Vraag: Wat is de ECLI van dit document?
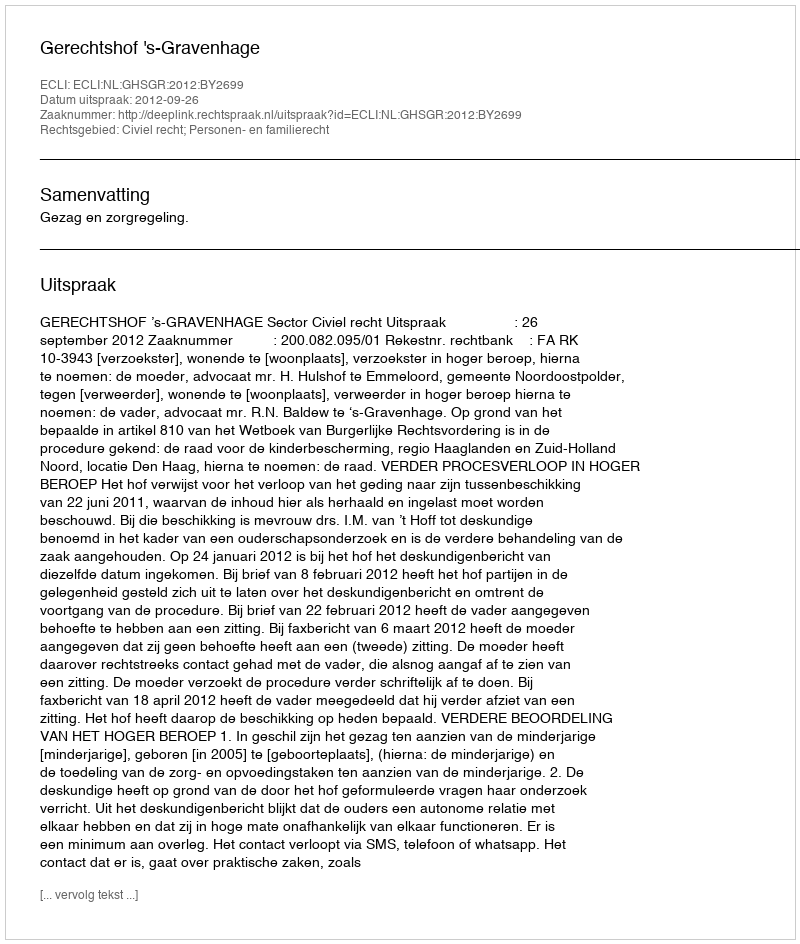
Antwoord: ECLI:NL:GHSGR:2012:BY2699